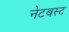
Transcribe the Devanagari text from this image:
नेटबस्ट